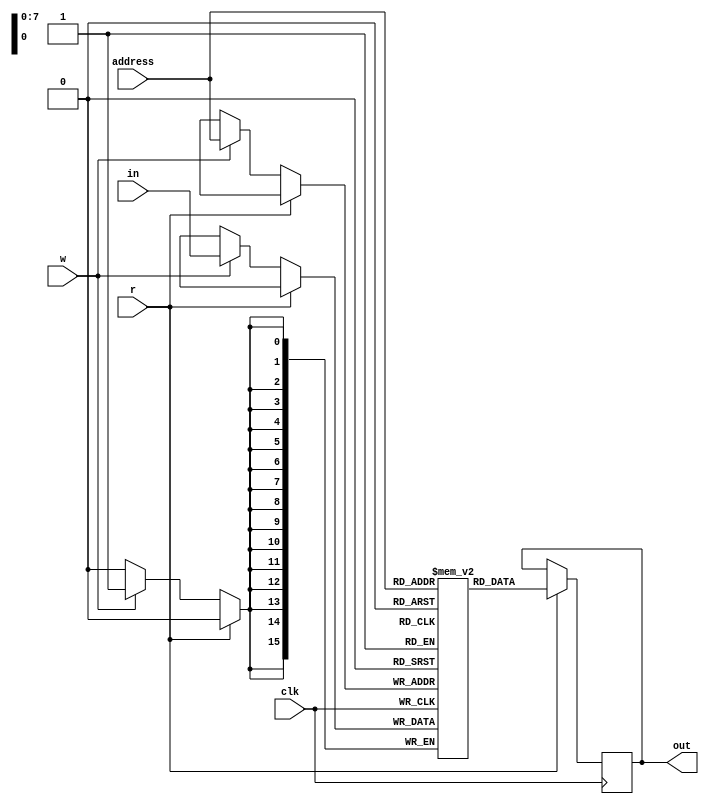
module mem(r,w,in,out,address,clk);
	input r,w;
	input [15:0] in;
	output reg [15:0] out;
	input clk;
	input [7:0] address;
	
	reg [15:0] Mem[0:255];
	
	always @(posedge clk)
	begin
		if(r)
			out<=Mem[address];
		else if(w)
			Mem[address]<=in;
	end	
endmodule